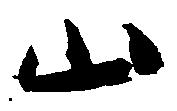
山